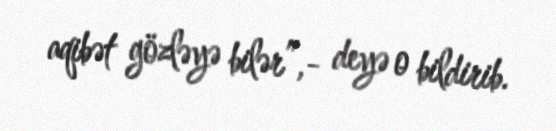
aqibət gözləyə bilər”,- deyə o bildirib.